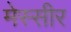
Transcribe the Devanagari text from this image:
मेस्सीर